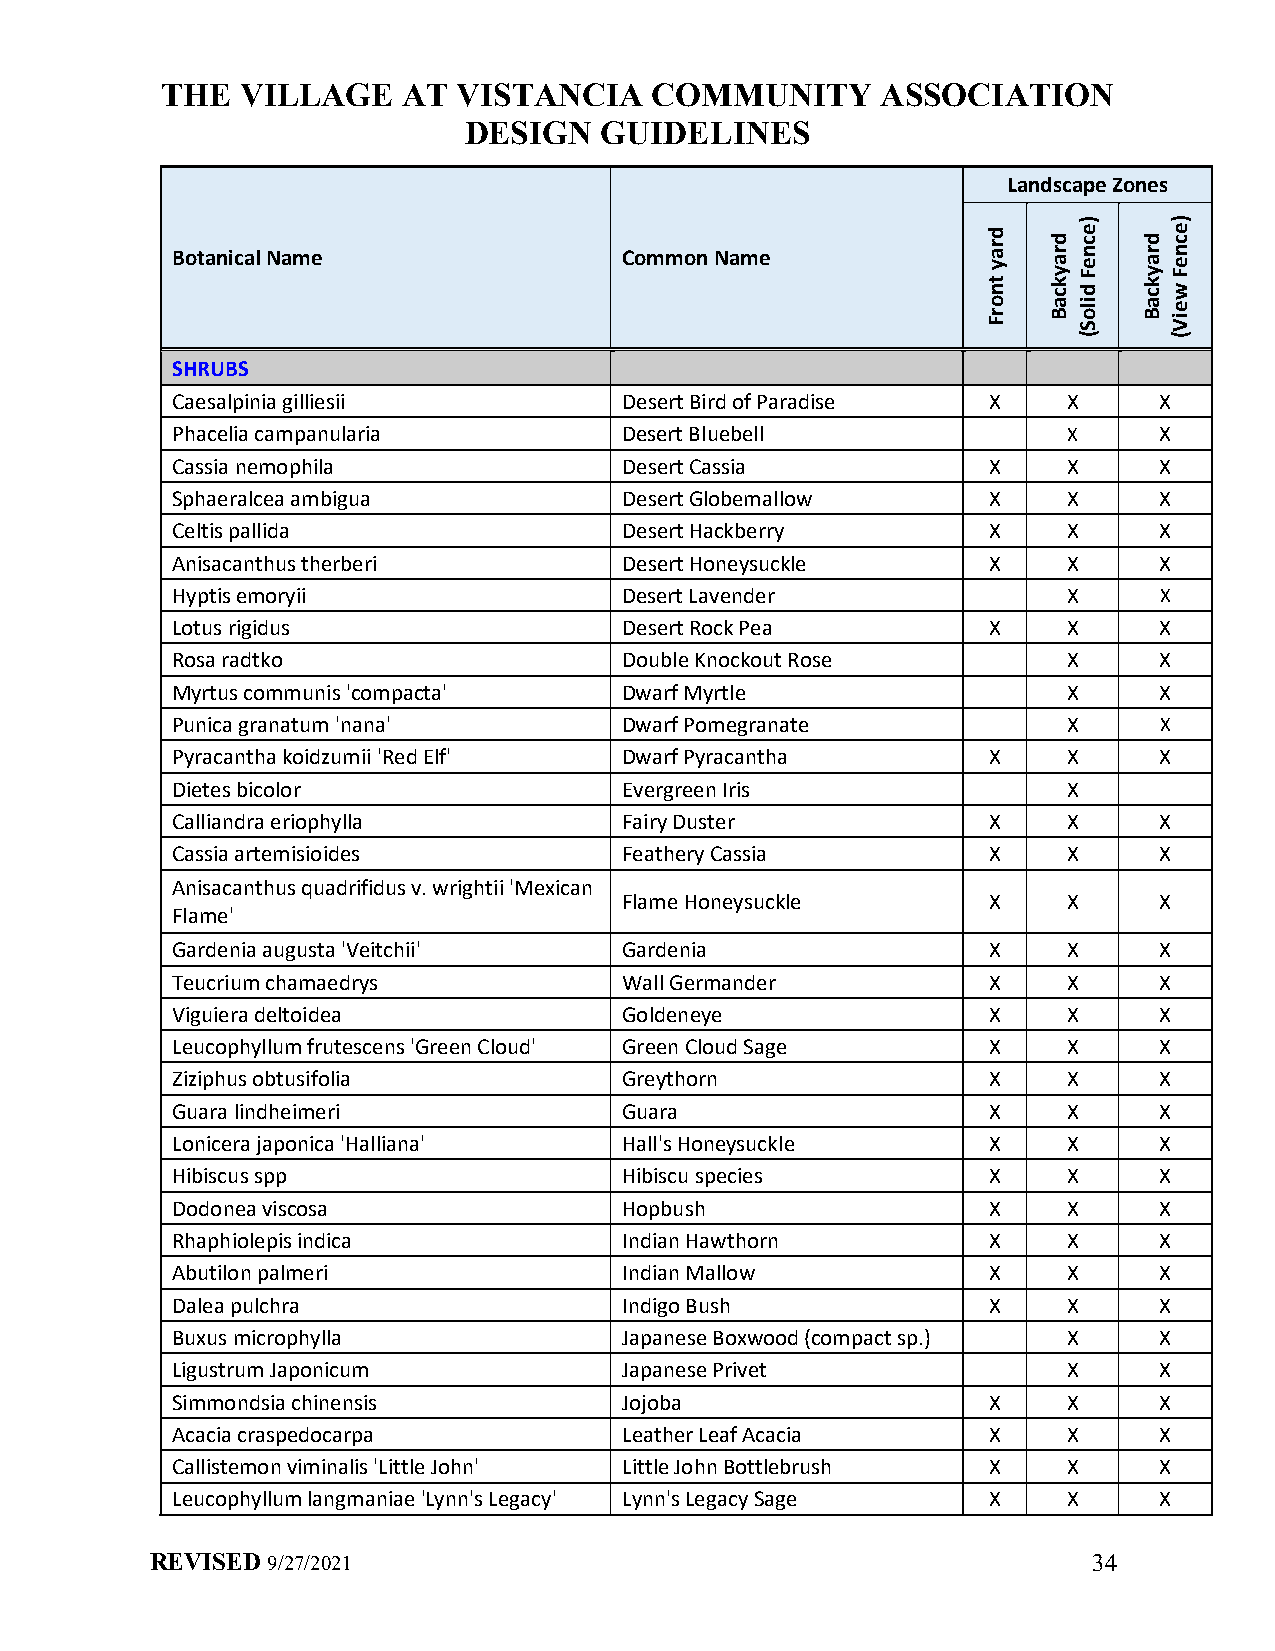
THE  VILLAGE    AT VISTANCIA    COMMUNITY      ASSOCIATION
 DESIGN   GUIDELINES
 Landscape Zones
 Botanical Name                Common Name
 SHRUBS
 Caesalpinia gilliesii         Desert Bird of Paradise X     X     X
 Phacelia campanularia         Desert Bluebell               X     X
 Cassia nemophila              Desert Cassia           X     X     X
 Sphaeralcea ambigua           Desert Globemallow      X     X     X
 Celtis pallida                Desert Hackberry        X     X     X
 Anisacanthus therberi         Desert Honeysuckle      X     X     X
 Hyptis emoryii                Desert Lavender               X     X
 Lotus rigidus                 Desert Rock Pea         X     X     X
 Rosa radtko                   Double Knockout Rose          X     X
 Myrtus communis 'compacta'    Dwarf Myrtle                  X     X
 Punica granatum 'nana'        Dwarf Pomegranate             X     X
 Pyracantha koidzumii 'Red Elf' Dwarf Pyracantha       X     X     X
 Dietes bicolor                Evergreen Iris                X
 Calliandra eriophylla         Fairy Duster            X     X     X
 Cassia artemisioides          Feathery Cassia         X     X     X
 Anisacanthus quadrifidus v. wrightii 'Mexican
 Flame Honeysuckle       X     X     X
 Flame'
 Gardenia augusta 'Veitchii'   Gardenia                X     X     X
 Teucrium chamaedrys           Wall Germander          X     X     X
 Viguiera deltoidea            Goldeneye               X     X     X
 Leucophyllum frutescens 'Green Cloud' Green Cloud Sage X    X     X
 Ziziphus obtusifolia          Greythorn               X     X     X
 Guara lindheimeri             Guara                   X     X     X
 Lonicera japonica 'Halliana'  Hall's Honeysuckle      X     X     X
 Hibiscus spp                  Hibiscu species         X     X     X
 Dodonea viscosa               Hopbush                 X     X     X
 Rhaphiolepis indica           Indian Hawthorn         X     X     X
 Abutilon palmeri              Indian Mallow           X     X     X
 Dalea pulchra                 Indigo Bush             X     X     X
 Buxus microphylla             Japanese Boxwood (compact sp.) X    X
 Ligustrum Japonicum           Japanese Privet               X     X
 Simmondsia chinensis          Jojoba                  X     X     X
 Acacia craspedocarpa          Leather Leaf Acacia     X     X     X
 Callistemon viminalis 'Little John' Little John Bottlebrush X X   X
 Leucophyllum langmaniae 'Lynn's Legacy' Lynn's Legacy Sage X X    X
 REVISED 9/27/2021                                             34
 dray
 tnorF
 draykcaB
 )ecneF
 diloS(
 draykcaB
 )ecneF
 weiV(